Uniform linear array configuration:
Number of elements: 24
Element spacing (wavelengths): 0.25
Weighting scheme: kaiser
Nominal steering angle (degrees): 45
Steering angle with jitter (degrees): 45.965
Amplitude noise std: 0.05
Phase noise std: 0.05

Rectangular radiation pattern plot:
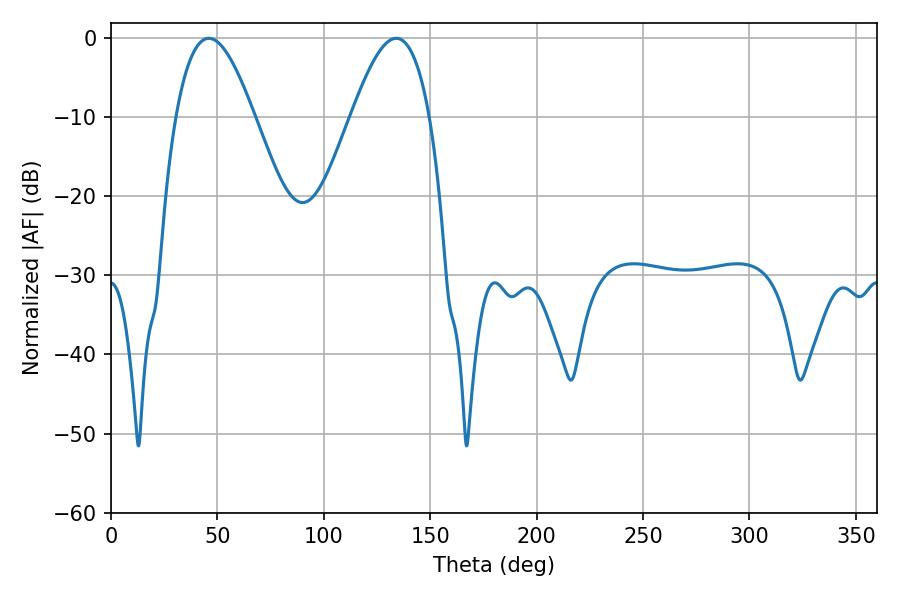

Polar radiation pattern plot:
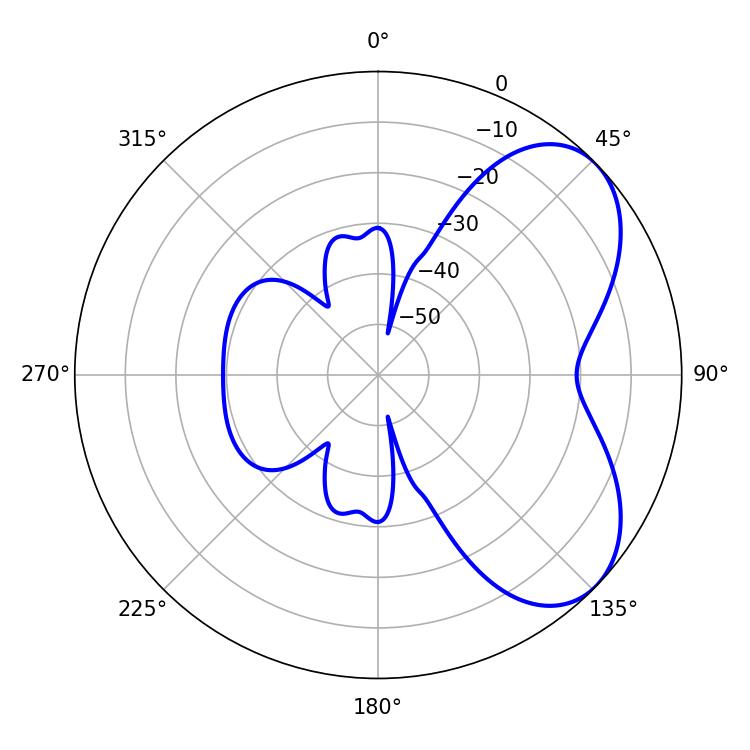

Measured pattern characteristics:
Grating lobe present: FALSE
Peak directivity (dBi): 5.54
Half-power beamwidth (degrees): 19.98
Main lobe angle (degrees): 45.9